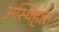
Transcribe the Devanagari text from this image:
अस्थिह्रास